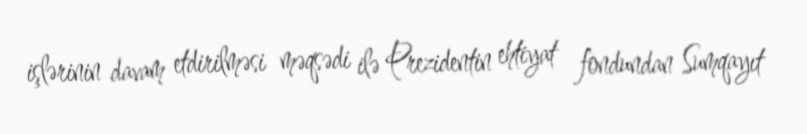
işlərinin davam etdirilməsi məqsədi ilə Prezidentin ehtiyat fondundan Sumqayıt